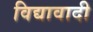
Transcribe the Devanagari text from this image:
विद्यावादी